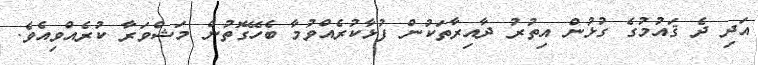
އަދި ދެ ޤައުމުގެ ގުޅުން އިތުރު ދާއިރާތަކުން ފުޅާކުރެއްވުމާ ބެހޭގޮތުން މަޝްވަރާ ކުރެއްވިއެވެ.